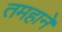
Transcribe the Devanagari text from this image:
तमहाने